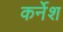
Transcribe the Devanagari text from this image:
कर्नेश